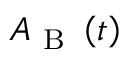
A _ { \mathrm { ~ B ~ } } \left( t \right)